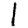
Digit: 1